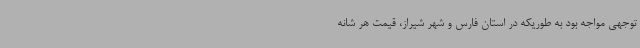
توجهی مواجه بود به طوریکه در استان فارس و شهر شیراز، قیمت هر شانه